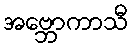
အဗ္ဘောကာသီ